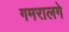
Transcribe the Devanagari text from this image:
गमरालगे